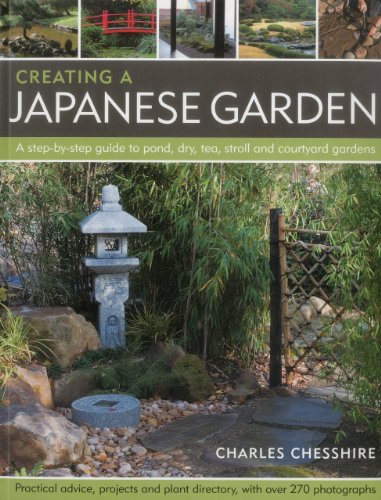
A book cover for Creating a Japanese Garden: A step-by-step guide to pond, dry, tea, stroll and courtyard gardens: practical advice, projects and plant directory, with over 250 photographs; Charles Chesshire; Crafts, Hobbies & Home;